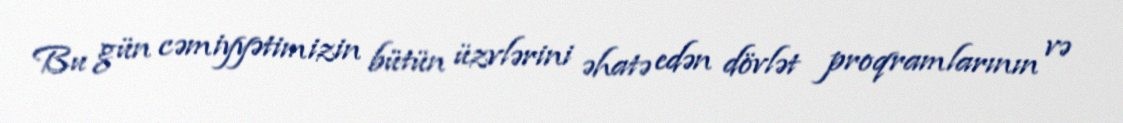
Bu gün cəmiyyətimizin bütün üzvlərini əhatə edən dövlət proqramlarının və